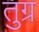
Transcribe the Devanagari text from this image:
तुग्र